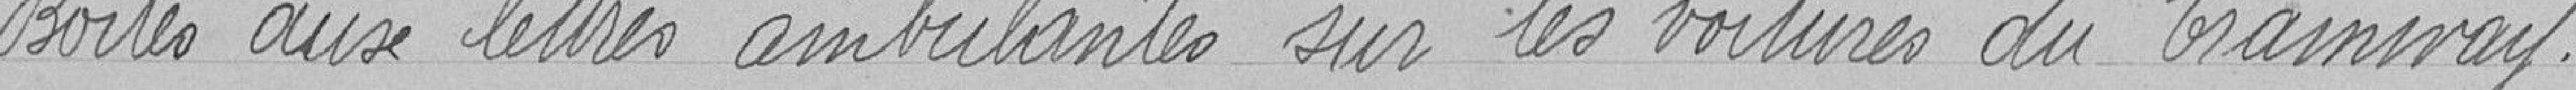
Boîtes aux lettres ambulantes sur les voitures du tramway